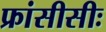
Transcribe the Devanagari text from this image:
फ्रांसीसीः